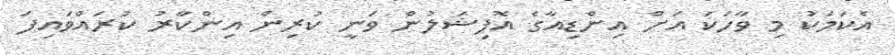
އެކަމަކު މި ވާހަކަ އަށް އިންޑިއާގެ އޮފިޝަލުން ވަނީ ކުރިން އިންކާރު ކުރައްވައިފަ